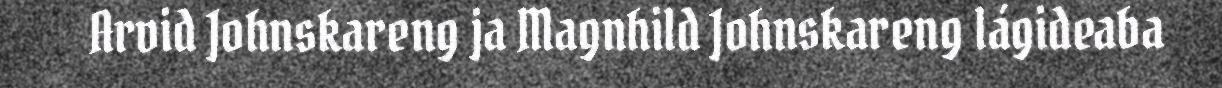
Arvid Johnskareng ja Magnhild Johnskareng lágideaba